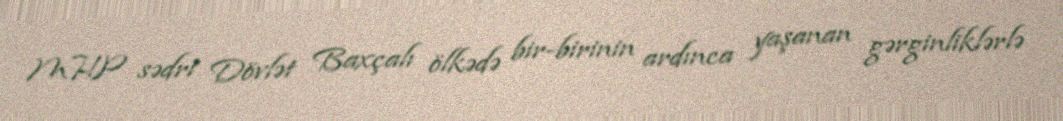
MHP sədri Dövlət Baxçalı ölkədə bir-birinin ardınca yaşanan gərginliklərlə